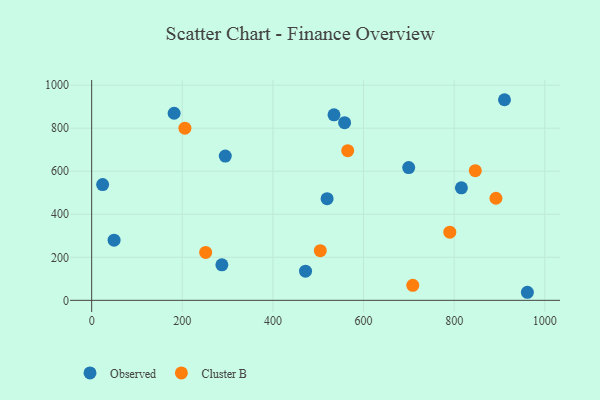
{"axis": {"x": "Price", "y": "Rating"}, "legend": ["Cluster B", "Observed"], "data": [{"x": "294.9", "y": 670.3, "type": "Observed"}, {"x": "558.2", "y": 825.5, "type": "Observed"}, {"x": "182.0", "y": 869.5, "type": "Observed"}, {"x": "816.0", "y": 522.9, "type": "Observed"}, {"x": "699.7", "y": 616.8, "type": "Observed"}, {"x": "287.4", "y": 165.0, "type": "Observed"}, {"x": "961.6", "y": 37.5, "type": "Observed"}, {"x": "534.8", "y": 862.1, "type": "Observed"}, {"x": "519.6", "y": 472.4, "type": "Observed"}, {"x": "24.2", "y": 538.2, "type": "Observed"}, {"x": "49.5", "y": 279.4, "type": "Observed"}, {"x": "911.1", "y": 932.3, "type": "Observed"}, {"x": "472.0", "y": 135.5, "type": "Observed"}, {"x": "251.6", "y": 222.8, "type": "Cluster B"}, {"x": "708.7", "y": 69.8, "type": "Cluster B"}, {"x": "504.6", "y": 230.9, "type": "Cluster B"}, {"x": "205.8", "y": 800.0, "type": "Cluster B"}, {"x": "790.4", "y": 317.0, "type": "Cluster B"}, {"x": "892.2", "y": 474.5, "type": "Cluster B"}, {"x": "846.7", "y": 602.5, "type": "Cluster B"}, {"x": "565.1", "y": 695.5, "type": "Cluster B"}]}